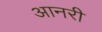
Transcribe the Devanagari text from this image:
आनरी